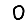
Digit: 0